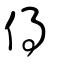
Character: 𠊚